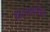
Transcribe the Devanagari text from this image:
शास्त्रामधील